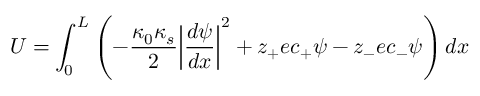
U = \int _ { 0 } ^ { L } \left( - \frac { \kappa _ { 0 } \kappa _ { s } } { 2 } { \left\lvert \frac { d \psi } { d x } \right\rvert } ^ { 2 } + z _ { + } e c _ { + } \psi - z _ { - } e c _ { - } \psi \right) d x